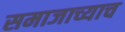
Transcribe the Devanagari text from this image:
समाजाच्याच